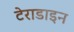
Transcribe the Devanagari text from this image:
टेराडाइन